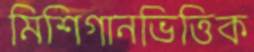
মিশিগানভিত্তিক